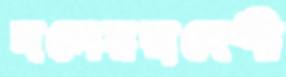
দলেরস্বদেশী